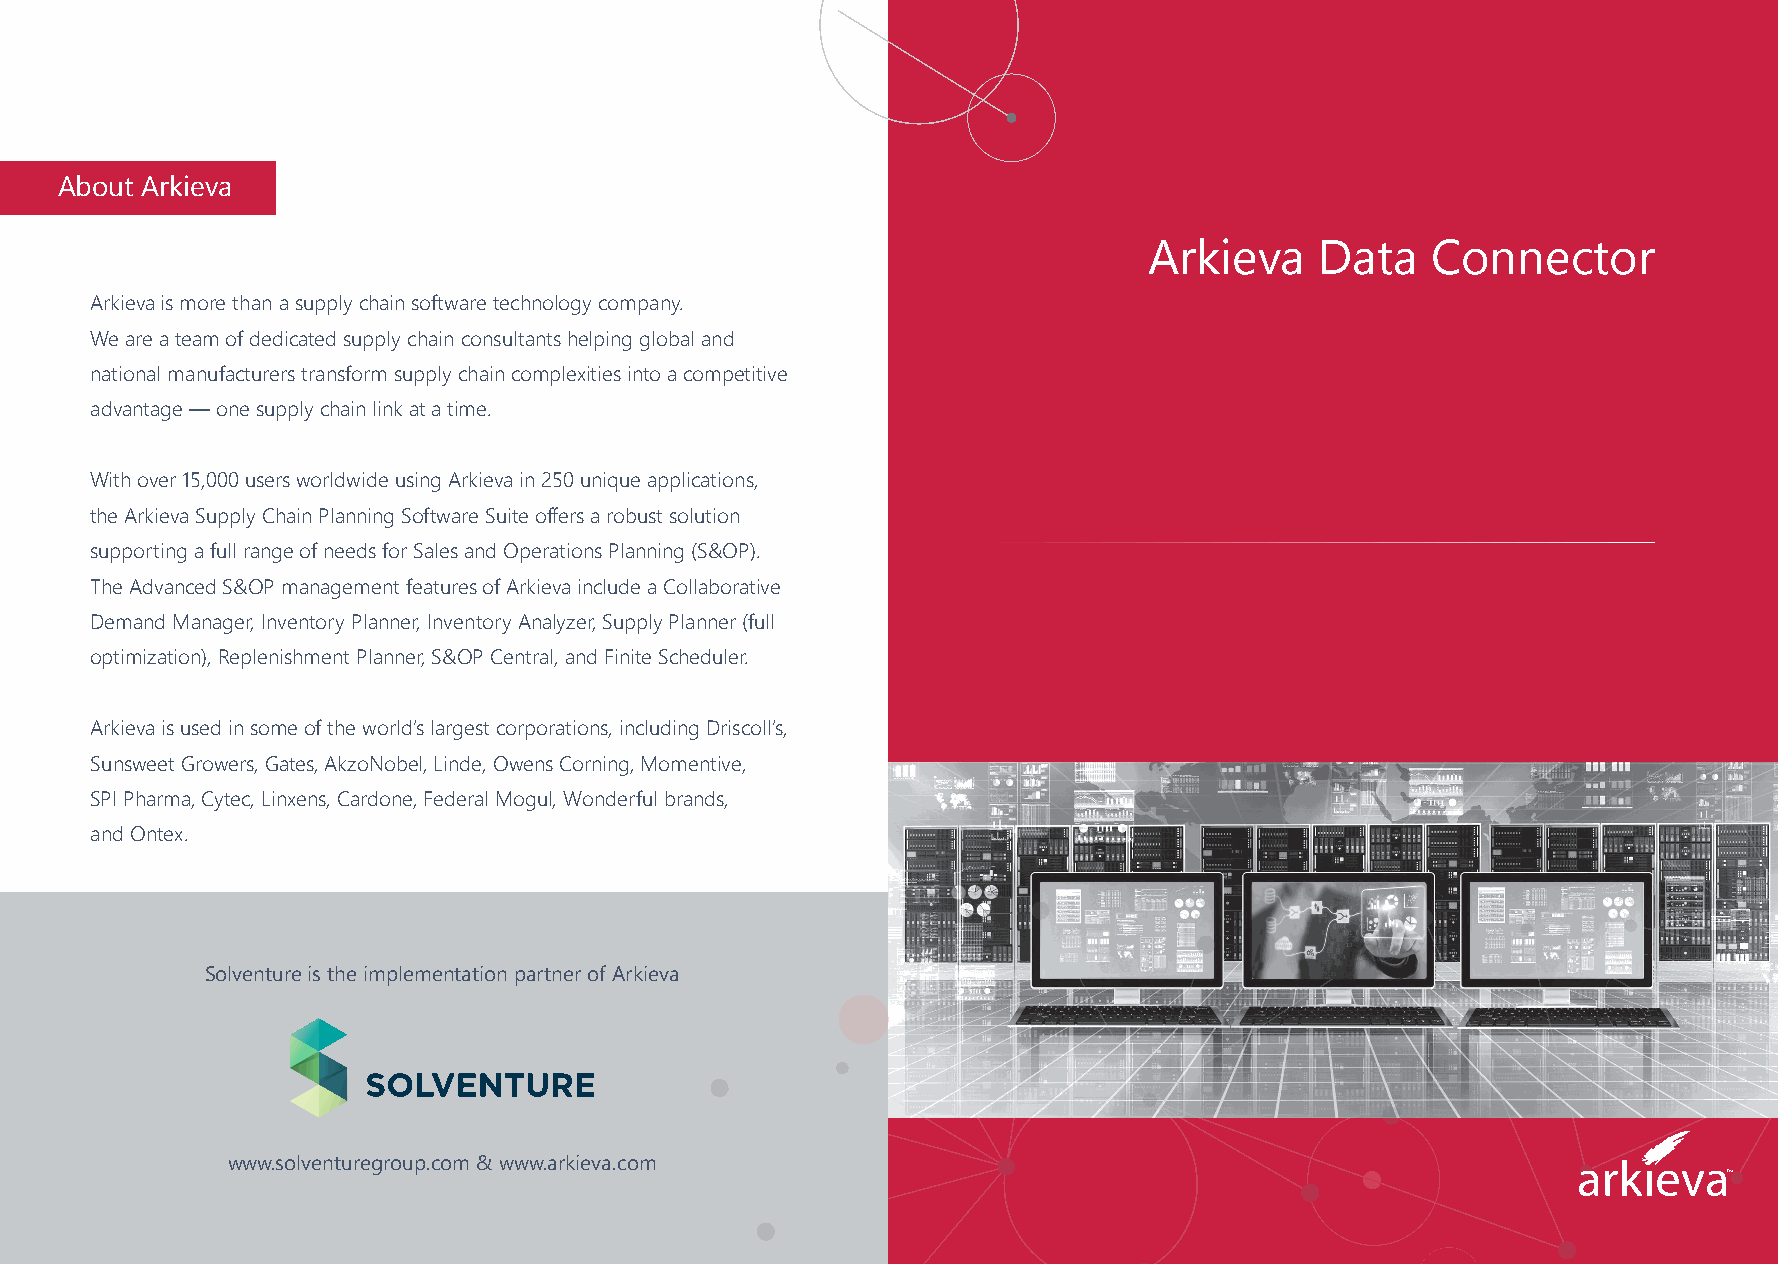
About Arkieva
 Arkieva    Data    Connector
 Arkieva is more than a supply chain software technology company.
 We are a team of dedicated supply chain consultants helping global and
 national manufacturers transform supply chain complexities into a competitive
 advantage — one supply chain link at a time.
 With over 15,000 users worldwide using Arkieva in 250 unique applications,
 the Arkieva Supply Chain Planning Software Suite offers a robust solution
 supporting a full range of needs for Sales and Operations Planning (S&OP).
 The Advanced S&OP management features of Arkieva include a Collaborative
 Demand Manager, Inventory Planner, Inventory Analyzer, Supply Planner (full
 optimization), Replenishment Planner, S&OP Central, and Finite Scheduler.
 Arkieva is used in some of the world’s largest corporations, including Driscoll’s,
 Sunsweet Growers, Gates, AkzoNobel, Linde, Owens Corning, Momentive,
 SPI Pharma, Cytec, Linxens, Cardone, Federal Mogul, Wonderful brands,
 and Ontex.
 Solventure is the implementation partner of Arkieva
 www.solventuregroup.com & www.arkieva.com